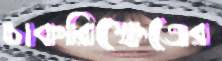
চাকরিক্ষেত্রের